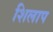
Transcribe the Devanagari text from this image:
शिलाप